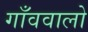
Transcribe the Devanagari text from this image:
गाँववालो